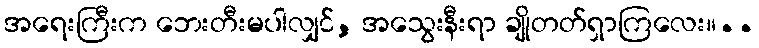
အရေးကြီးက ဘေးတီးမပါလျှင်, အသွေးနီးရာ ချိုတတ်ရှာကြလေး။..